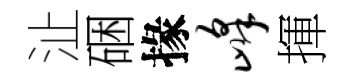
沚硱掾峰揮